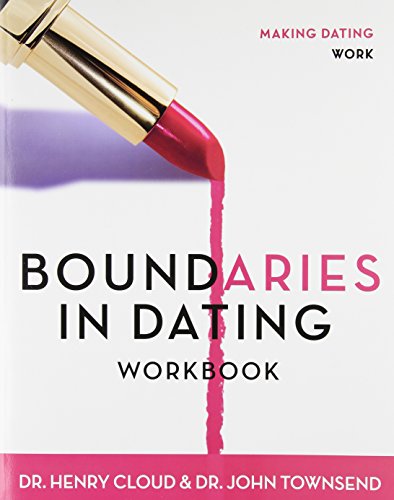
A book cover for Boundaries in Dating Workbook; Henry Cloud; Self-Help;